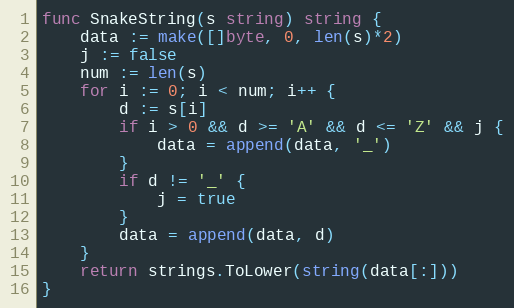
Language: Go
func SnakeString(s string) string {
	data := make([]byte, 0, len(s)*2)
	j := false
	num := len(s)
	for i := 0; i < num; i++ {
		d := s[i]
		if i > 0 && d >= 'A' && d <= 'Z' && j {
			data = append(data, '_')
		}
		if d != '_' {
			j = true
		}
		data = append(data, d)
	}
	return strings.ToLower(string(data[:]))
}